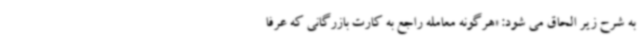
به شرح زیر الحاق می شود: «هرگونه معامله راجع به کارت بازرگانی که عرفا